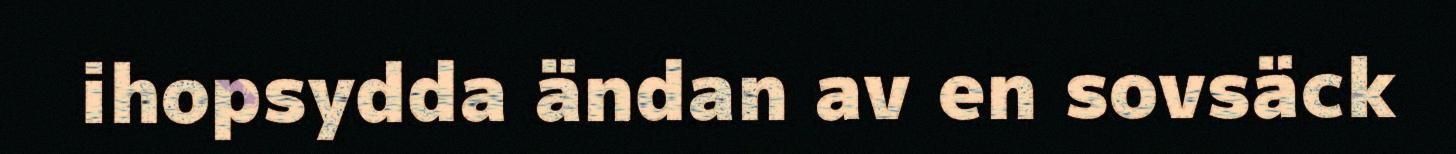
ihopsydda ändan av en sovsäck